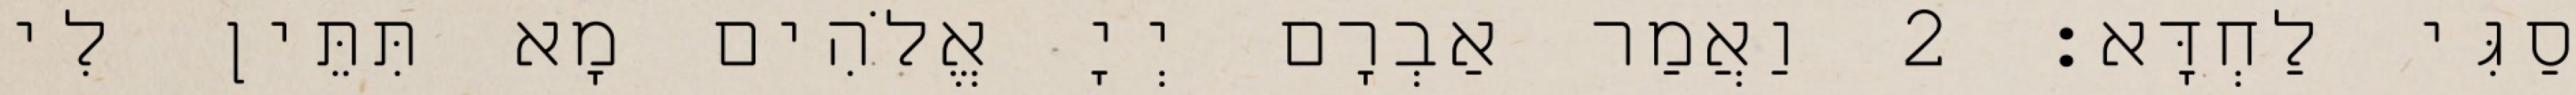
סַגִּי לַחְדָּא׃ 2 וַאֲמַר אַבְרָם יְיָ אֱלֹהִים מָא תִּתֵּין לִי